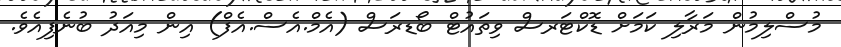
މުސްލިމުން މަރާލި ކަމަށް ޑޮކްޓަރސް ވިތައުޓް ބޯޑރަސް (އެމް.އެސް.އެފް) އިން މިއަދު ބުނެފިއެވެ.